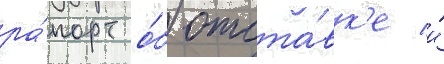
ра́порт о́б отста́вк'е и́